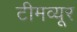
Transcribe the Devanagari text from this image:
टीमव्यूर